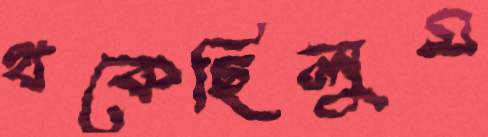
থকেছিলুম